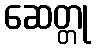
ဆေတ္တု